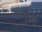
ભાતસા